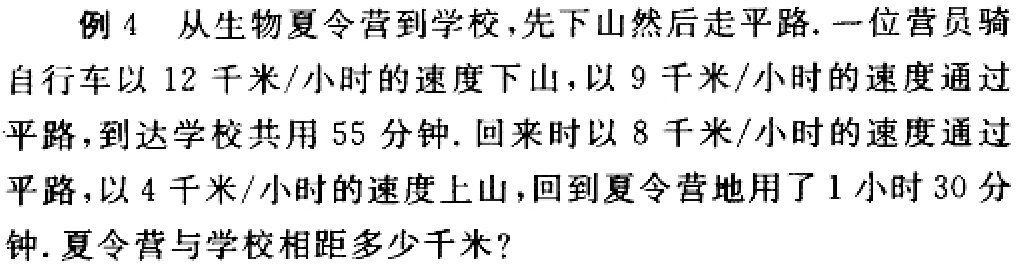
例 4 从生物夏令营到学校，先下山然后走平路. 一位营员骑自行车以 12 千米/小时的速度下山，以 9 千米/小时的速度通过平路，到达学校共用 55 分钟. 回来时以 8 千米/小时的速度通过平路，以 4 千米/小时的速度上山，回到夏令营地用了 1 小时 30 分钟. 夏令营与学校相距多少千米?